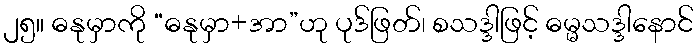
၂၅။ ဓနုမှာကို “ဓနုမှာ+အာ”ဟု ပုဒ်ဖြတ်၊ စသဒ္ဒါဖြင့် ဓမ္မသဒ္ဒါနောင်